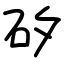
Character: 矽